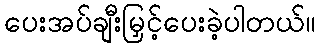
ပေးအပ်ချီးမြှင့်ပေးခဲ့ပါတယ်။